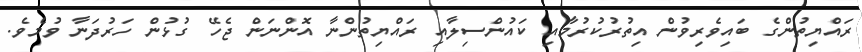
ރައްޔިތުންގެ ބައިވެރިވުން އިތުރުކުރުމާއި ކައުންސިލާއި ރައްޔިތުންނާ އޮންނަން ޖެހޭ ގުޅުން ހަރުދަނާ ވުމެވެ.